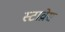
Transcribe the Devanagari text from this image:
स्टाव्रोस